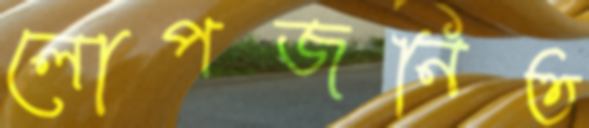
লোপজনিত